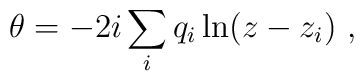
\theta = - 2i \sum_i q_i \ln (z - z_i)\ ,